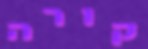
קורה